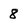
Character: 8